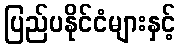
ပြည်ပနိုင်ငံများနှင့်